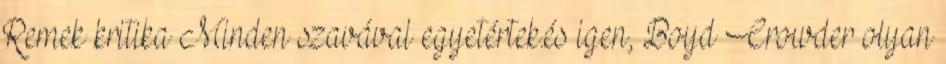
Remek kritika Minden szavával egyetértek.és igen, Boyd Crowder olyan